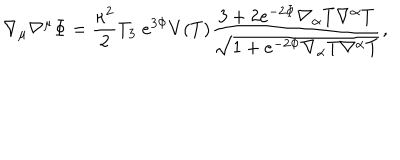
\nabla _ { \mu } \nabla ^ { \mu } \Phi = \frac { \kappa ^ { 2 } } { 2 } T _ { 3 } \; e ^ { 3 \Phi } V ( T ) \frac { 3 + 2 e ^ { - 2 \Phi } \nabla _ { \alpha } T \nabla ^ { \alpha } T } { \sqrt { 1 + e ^ { - 2 \Phi } \nabla _ { \alpha } T \nabla ^ { \alpha } T } } ,